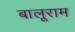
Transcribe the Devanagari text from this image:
बालूराम